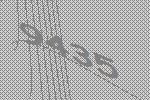
9435